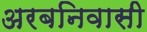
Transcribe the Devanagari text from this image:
अरबनिवासी